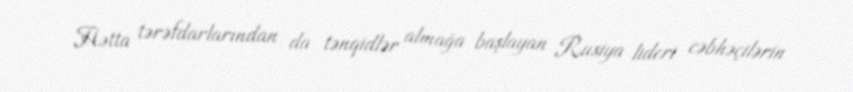
Hətta tərəfdarlarından da tənqidlər almağa başlayan Rusiya lideri cəbhəçilərin